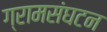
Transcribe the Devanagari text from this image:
ग्रामसंघटन